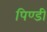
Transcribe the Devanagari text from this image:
पिण्डी